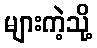
များကဲ့သို့